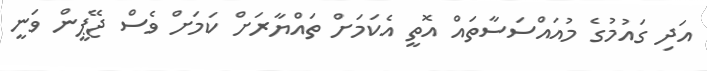
އަދި ގައުމުގެ މުއައްސަސާތައް އޮތީ އެކަމަށް ތައްޔާރަށް ކަމަށް ވެސް ޖޭޕީން ވަނީ